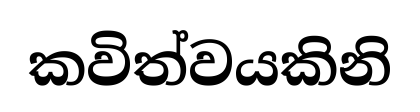
කවිත්වයකිනි